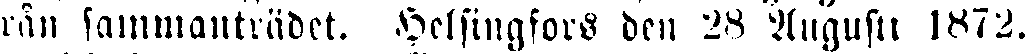
rån sammanträdet. Helsingfors den 28 Augusti 1872.